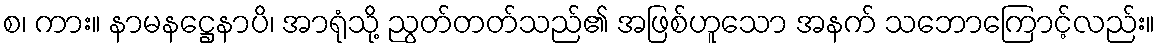
စ၊ ကား။ နာမနဋ္ဌေနာပိ၊ အာရုံသို့ ညွတ်တတ်သည်၏ အဖြစ်ဟူသော အနက် သဘောကြောင့်လည်း။